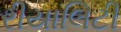
રીયાલિટી